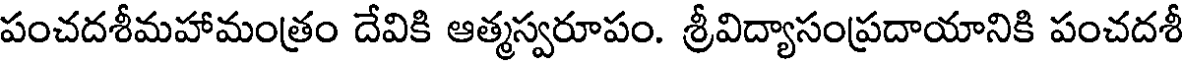
పంచదశీమహామంత్రం దేవికి ఆత్మస్వరూపం. శ్రీవిద్యాసంప్రదాయానికి పంచదశీ